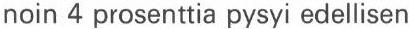
noin 4 prosenttia pysyi edellisen